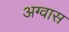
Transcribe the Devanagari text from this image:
अग्वास